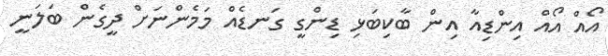
އޯއް އޯއް އިންޑިއާ އިން ބާކިބަޅި ޑިންގީ ގަނޑެއް މަމެންނަށް ދީގެން ބަލަނީ